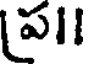
ప